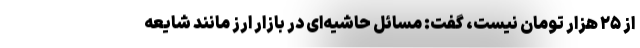
از ۲۵ هزار تومان نیست، گفت: مسائل حاشیه‌ای در بازار ارز مانند شایعه